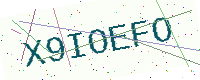
Text: X9IOEFO